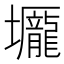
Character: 𡓺